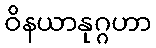
ဝိနယာနုဂ္ဂဟာ